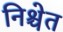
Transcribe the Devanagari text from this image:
निश्चेत